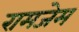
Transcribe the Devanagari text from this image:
रामजेम